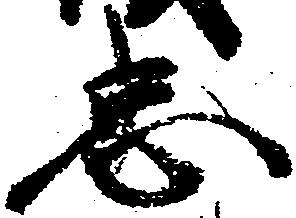
忠